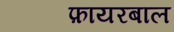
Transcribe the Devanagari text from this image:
फ़ायरबाल